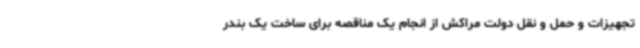
تجهیزات و حمل و نقل دولت مراکش از انجام یک مناقصه برای ساخت یک بندر